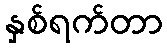
နှစ်ရက်တာ